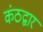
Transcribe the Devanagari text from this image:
कंठद्वार